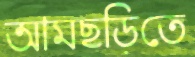
আমছড়িতে